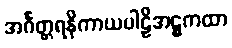
အင်္ဂတ္တရနိကာယပါဠိအဋ္ဌကထာ